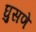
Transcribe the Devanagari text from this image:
घुसणे